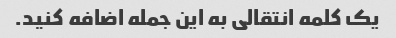
یک کلمه انتقالی به این جمله اضافه کنید.